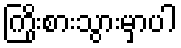
ကြိုးစားသွားမှာပါ